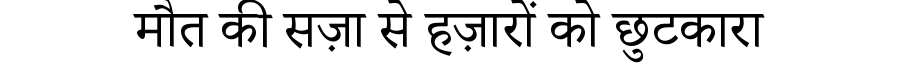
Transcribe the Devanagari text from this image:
मौत की सज़ा से हज़ारों को छुटकारा